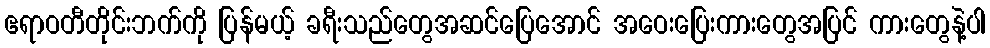
ဧရာဝတီတိုင်းဘက်ကို ပြန်မယ့် ခရီးသည်တွေအဆင်ပြေအောင် အဝေးပြေးကားတွေအပြင် ကားတွေနဲ့ပါ